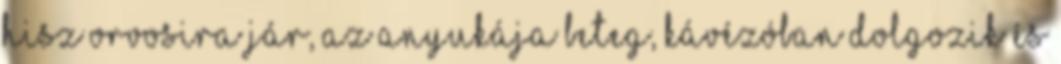
hisz orvosira jár, az anyukája beteg, kávézóban dolgozik és